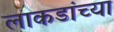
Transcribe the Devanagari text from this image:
लाकडांच्या